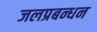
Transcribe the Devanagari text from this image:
जलप्रबन्धन